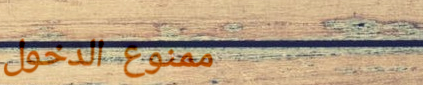
ممنوع الدخول